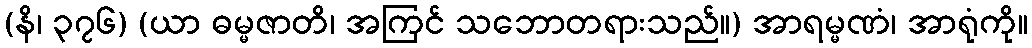
(နိ၊ ၃၇၆) (ယာ ဓမ္မဇာတိ၊ အကြင် သဘောတရားသည်။) အာရမ္မဏံ၊ အာရုံကို။